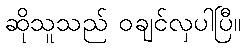
ဆိုသူသည် ဝချင်လှပါပြီ။